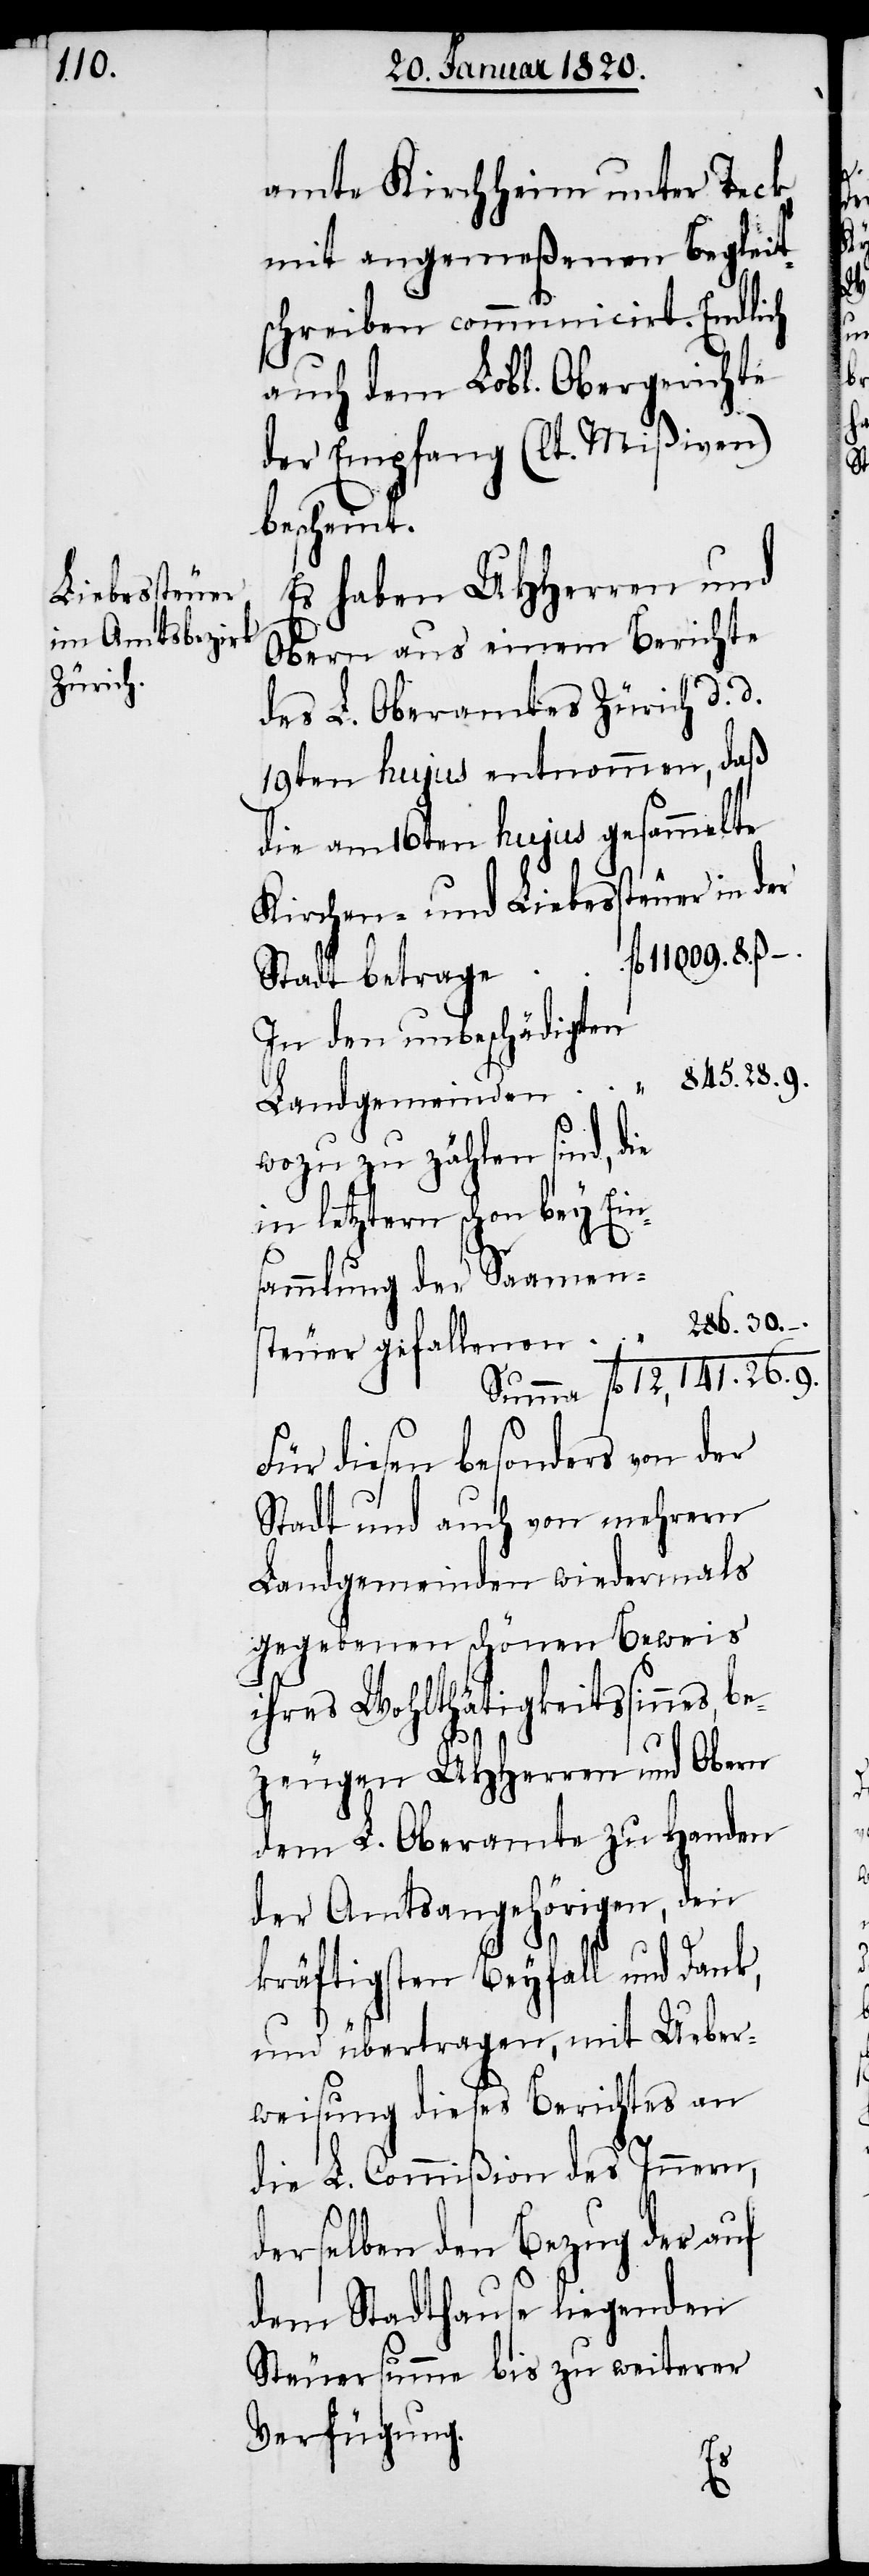
11009.

amte Kirchheim unter Teck
mit angemeßenen Begleit¬
schreiben communicirt. Endlich
auch dem Lobl. Obergerichte
der Empfang (lt. Mißiven)
bescheint.
Es haben UHHerren und
Obern aus einem Berichte
des L. Oberamtes Zürich d. d.
19ten hujus entnommen, daß
die am 16ten hujus gesammelte
Kirchen- und Liebessteuer in der
In den unbeschädigten
12,141. 26. 9.
wozu zu zählen sind, die
letztern schon bey Ein¬
sammlung der
Für diesen besonders von der
Stadt und auch von mehrern
Landgemeinden wiedermals
gegebenen schönen Beweis
ihres Wohlthätigkeitssinnes, be¬
zeugen UHHerren und Obern
dem L. Oberamte zu Handen
der Amtsangehörigen, den
kräftigsten Beyfall und Dank,
und übertragen, mit Ueber¬
weisung dieses Berichtes an
die L. Commißion des Innern,
derselben den Bezug der auf
dem Stadthause liegenden
Steuersumme bis zu weiterer
Verfügung.
8.